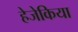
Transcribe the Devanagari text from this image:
हेजेकिया